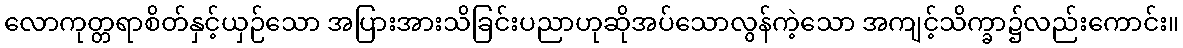
လောကုတ္တရာစိတ်နှင့်ယှဉ်သော အပြားအားသိခြင်းပညာဟုဆိုအပ်သောလွန်ကဲ့သော အကျင့်သိက္ခာ၌လည်းကောင်း။